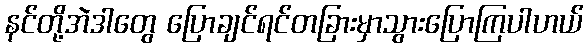
နင်တို့အဲဒါတွေ ပြောချင်ရင်တခြားမှာသွားပြောကြပါဟယ်